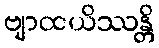
ဗျာထယိဿန္တိ